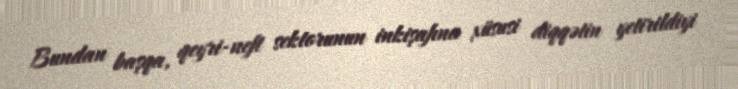
Bundan başqa, qeyri-neft sektorunun inkişafına xüsusi diqqətin yetirildiyi